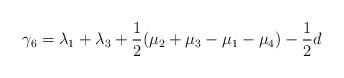
LaTeX: \begin{align*}\gamma_6 = \lambda_1+\lambda_3+\frac{1}{2}(\mu_2+\mu_3-\mu_1-\mu_4)-\frac{1}{2}d\end{align*}